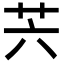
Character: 𦬩